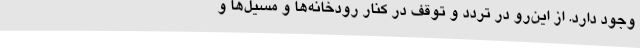
وجود دارد. از این‌رو در تردد و توقف در کنار رودخانه‌ها و مسیل‌ها و